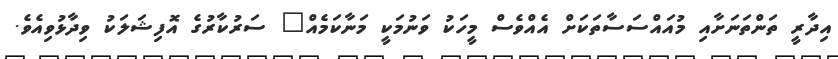
އިދާރީ ތަންތަނަށާއި މުއައްސަސާތަކަށް އެއްވެސް މީހަކު ވަނުމަކީ މަނާކަމެއް" ސަރުކާރުގެ އޮފިޝަލަކު ވިދާޅުވިއެވެ.